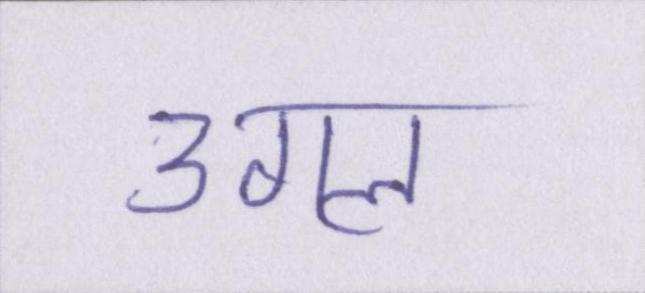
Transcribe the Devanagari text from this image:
उगल